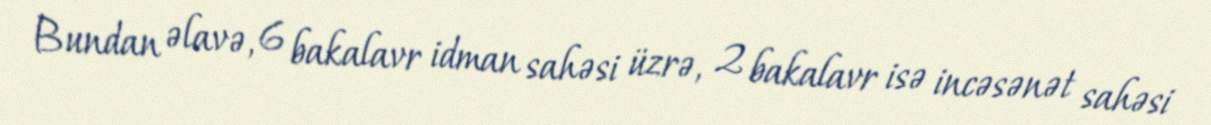
Bundan əlavə, 6 bakalavr idman sahəsi üzrə, 2 bakalavr isə incəsənət sahəsi